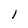
Character: l